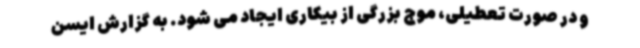
و در صورت تعطیلی، موج بزرگی از بیکاری ایجاد می شود. به گزارش ایسن